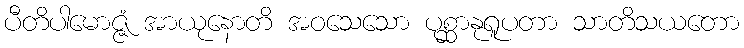
ပီတိပါမောဇ္ဇံ အာယုနောတိ အဝသေသော ပုစ္ဆာနုရူပတာ သာတိသယတော